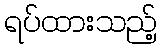
ရပ်ထားသည့်